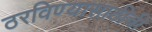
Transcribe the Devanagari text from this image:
ठरविण्यासाठीची